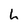
Character: h